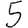
Digit: 5